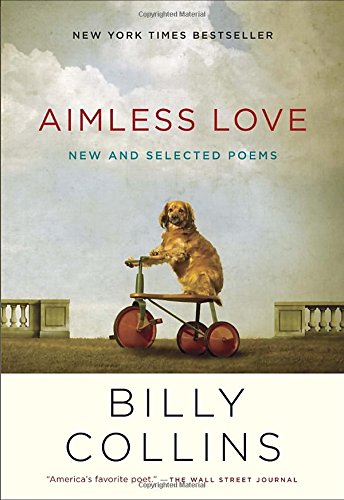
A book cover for Aimless Love: New and Selected Poems; Billy Collins; Humor & Entertainment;